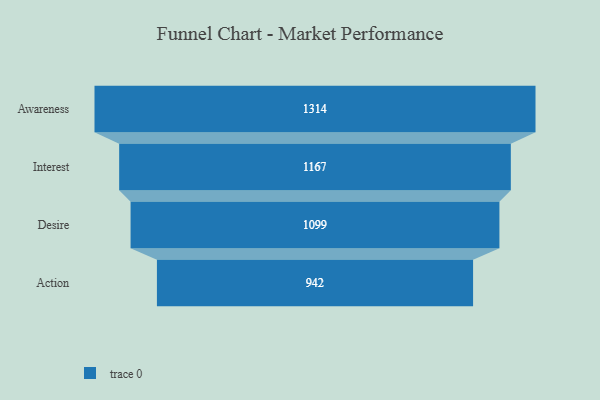
{"axis": {"x": "Stage", "y": "Value"}, "legend": [""], "data": [{"x": "Awareness", "y": 1314.0, "type": ""}, {"x": "Interest", "y": 1167.0, "type": ""}, {"x": "Desire", "y": 1099.0, "type": ""}, {"x": "Action", "y": 942.0, "type": ""}]}